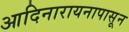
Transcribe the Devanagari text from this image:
आदिनारायनापासून